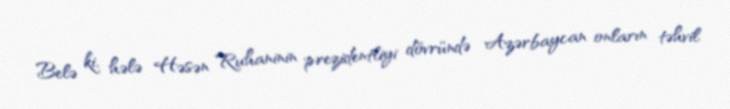
Belə ki, hələ Həsən Ruhaninin prezidentliyi dövründə Azərbaycan onların təhvil